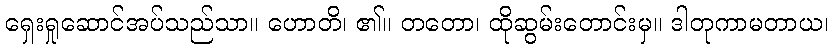
ရှေးရှုဆောင်အပ်သည်သာ။ ဟောတိ၊ ၏။ တတော၊ ထိုဆွမ်းတောင်းမှ။ ဒါတုကာမတာယ၊